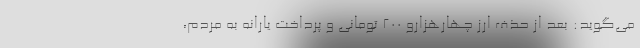
می‌گوید: بعد از حذف ارز چهارهزارو ۲۰۰ تومانی و پرداخت یارانه به مردم،